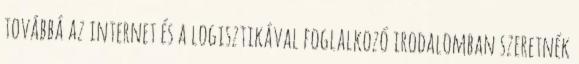
továbbá az internet és a logisztikával foglalkozó irodalomban szeretnék